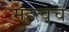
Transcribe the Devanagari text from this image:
महत्वच